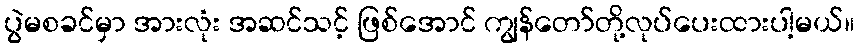
ပွဲမစခင်မှာ အားလုံး အဆင်သင့် ဖြစ်အောင် ကျွန်တော်တို့လုပ်ပေးထားပါ့မယ်။